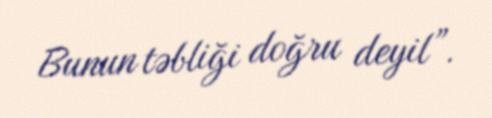
Bunun təbliği doğru deyil”.